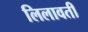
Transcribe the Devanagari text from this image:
लिलावती